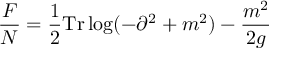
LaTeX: \frac { { \cal F } } { N } = \frac { 1 } { 2 } \mathrm { T r } \log ( - \partial ^ { 2 } + m ^ { 2 } ) - \frac { m ^ { 2 } } { 2 g }